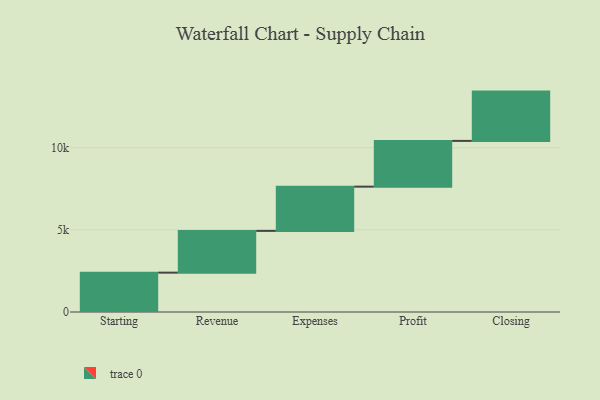
{"axis": {"x": "Step", "y": "Value"}, "legend": [""], "data": [{"x": "Starting", "y": 2396.0, "type": ""}, {"x": "Revenue", "y": 2541.0, "type": ""}, {"x": "Expenses", "y": 2693.0, "type": ""}, {"x": "Profit", "y": 2785.0, "type": ""}, {"x": "Closing", "y": 3000, "type": ""}]}